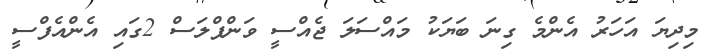
މިދިޔަ އަހަރު އެންމެ ގިނަ ބަޔަކު މައްސަލަ ޖެއްސީ ވަންޕްލަސް 2ގައި އެންއެފްސީ